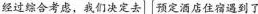
经过综合考虑，我们决定去 预定酒店住宿遇到了